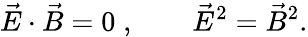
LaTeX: \vec{E}\cdot\vec{B}=0\; ,\qquad\vec{E}^{2}=\vec{B}^{2}.